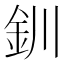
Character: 釧